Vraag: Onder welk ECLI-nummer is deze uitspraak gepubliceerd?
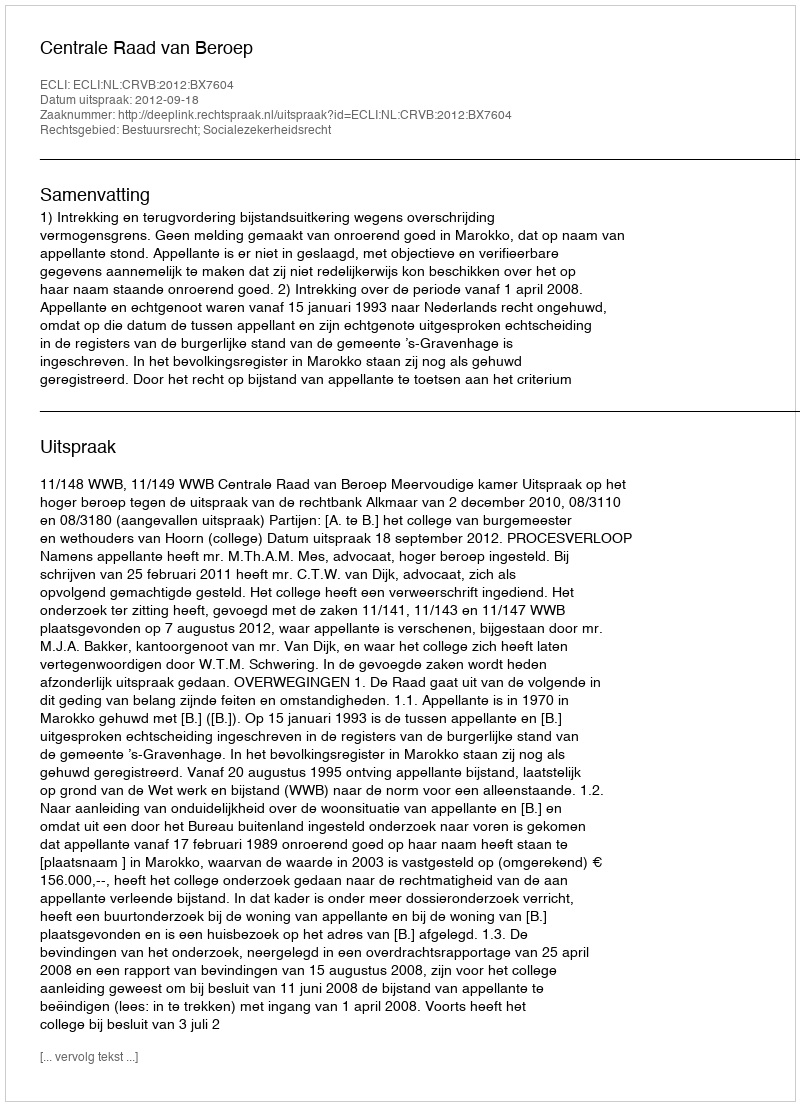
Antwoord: ECLI:NL:CRVB:2012:BX7604